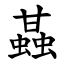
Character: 䗣